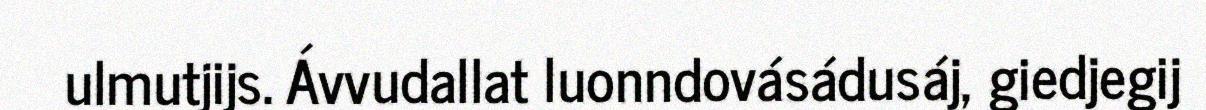
ulmutjijs. Ávvudallat luonndovásádusáj, giedjegij